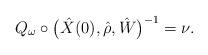
LaTeX: \begin{align*}Q_{\omega}\circ \bigl(\hat{X}(0),\hat{\rho},\hat{W}\bigr)^{-1} = \nu.\end{align*}